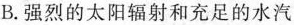
B.强烈的太阳辐射和充足的水汽